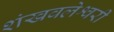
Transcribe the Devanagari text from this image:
शंखवलेश्वरी